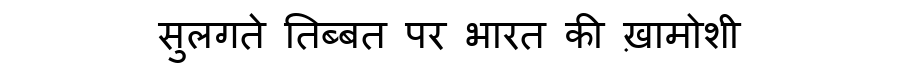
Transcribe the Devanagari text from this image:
सुलगते तिब्बत पर भारत की ख़ामोशी